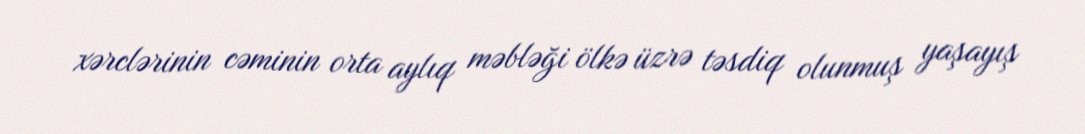
xərclərinin cəminin orta aylıq məbləği ölkə üzrə təsdiq olunmuş yaşayış